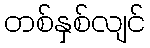
တစ်နှစ်လျင်